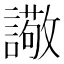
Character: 䜘